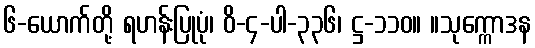
၆-ယောက်တို့ ရဟန်းပြုပုံ၊ ဝိ-၄-ပါ-၃၃၆၊ ဋ္ဌ-၁၁၀။ ။သုက္ကောဒန